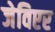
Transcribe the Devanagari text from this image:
जेविएर